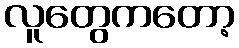
လူတွေကတော့